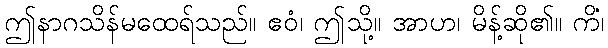
ဤနာဂသိန်မထေရ်သည်။ ဧဝံ၊ ဤသို့။ အာဟ၊ မိန့်ဆို၏။ ကိံ၊